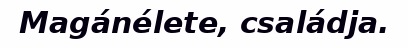
Magánélete, családja.